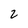
Character: 2